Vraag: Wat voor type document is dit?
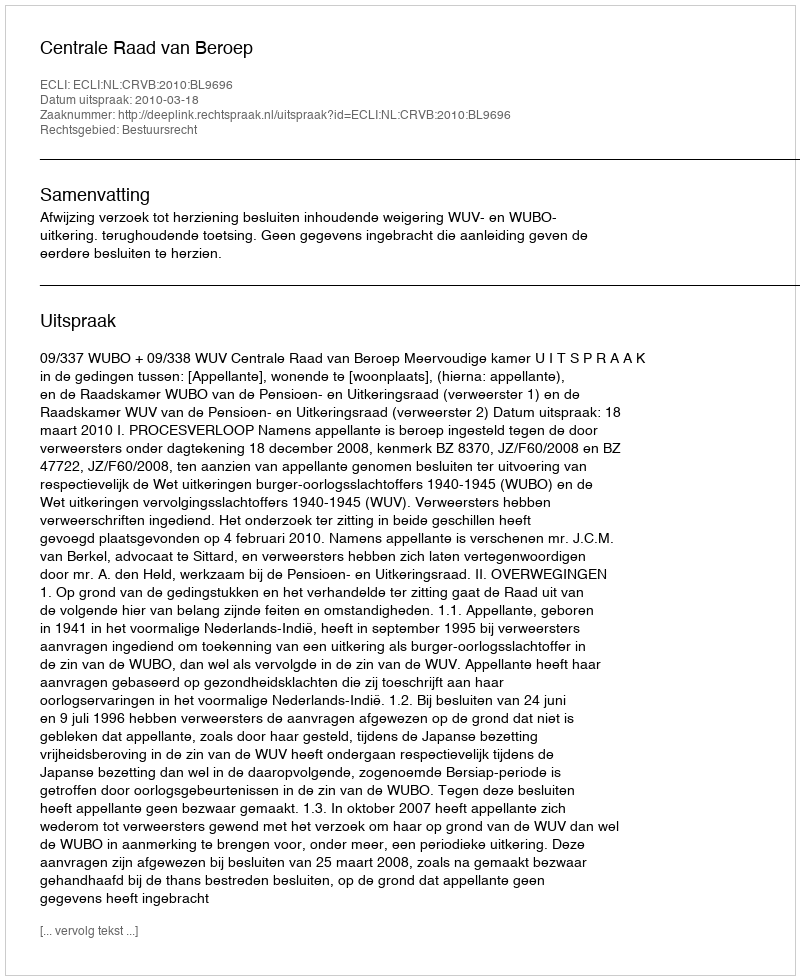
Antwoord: Uitspraak